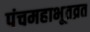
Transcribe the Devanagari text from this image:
पंचमहाभूतव्रत